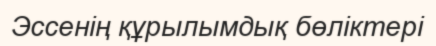
Эссенің құрылымдық бөліктері